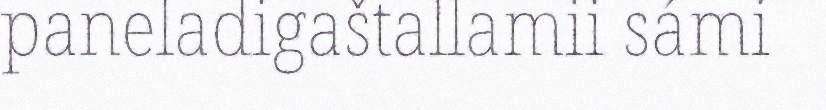
paneladigaštallamii sámi